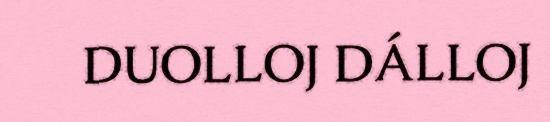
DUOLLOJ DÁLLOJ